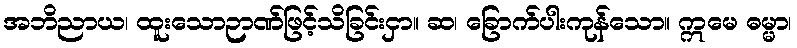
အဘိညာယ၊ ထူးသောဉာဏ်ဖြင့်သိခြင်းငှာ။ ဆ၊ ခြောက်ပါးကုန်သော။ ဣမေ ဓမ္မာ၊